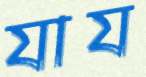
যায